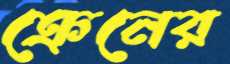
ক্রেনের